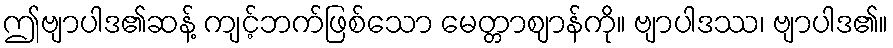
ဤဗျာပါဒ၏ဆန့် ကျင့်ဘက်ဖြစ်သော မေတ္တာဈာန်ကို။ ဗျာပါဒဿ၊ ဗျာပါဒ၏။